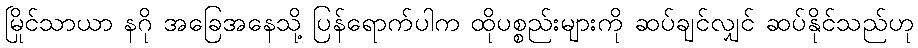
မြိုင်သာယာ နဂို အခြေအနေသို့ ပြန်ရောက်ပါက ထိုပစ္စည်းများကို ဆပ်ချင်လျှင် ဆပ်နိုင်သည်ဟု